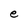
Character: e